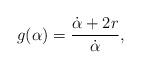
LaTeX: \begin{align*}g(\alpha) = \frac{\dot{\alpha}+ 2 r}{\dot{\alpha}},\end{align*}